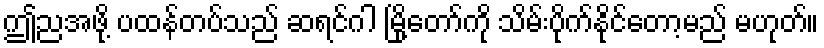
ဤညအဖို့ ပထန်တပ်သည် ဆရင်ဂါ မြို့တော်ကို သိမ်းပိုက်နိုင်တော့မည် မဟုတ်။